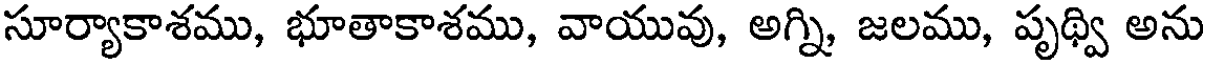
సూర్యాకాశము, భూతాకాశము, వాయువు, అగ్ని జలము, పృథ్వి అను